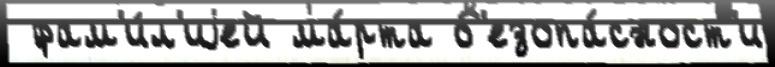
 фам'и́л'иjей ма́рта б'езопа́сност'и